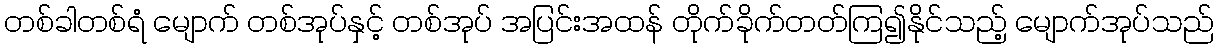
တစ်ခါတစ်ရံ မျောက် တစ်အုပ်နှင့် တစ်အုပ် အပြင်းအထန် တိုက်ခိုက်တတ်ကြ၍နိုင်သည့် မျောက်အုပ်သည်